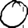
Digit: 0